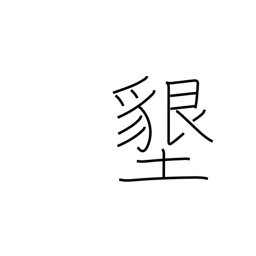
Meaning: ground-breaking